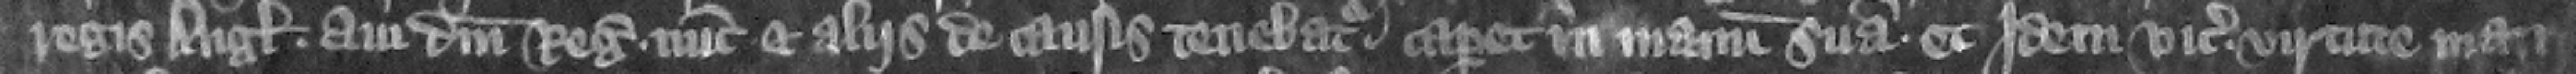
regis Anglie aui domini regis nunc et aliis de causis tenebatur caperet in manum suam et idem vicecomes virtute man